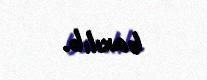
baxılıb.